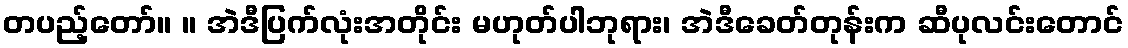
တပည့်တော်။ ။ အဲဒီပြက်လုံးအတိုင်း မဟုတ်ပါဘုရား၊ အဲဒီခေတ်တုန်းက ဆီပုလင်းတောင်